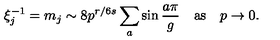
\xi _ { j } ^ { - 1 } = m _ { j } \sim 8 p ^ { r / 6 s } \sum _ { a } \sin \frac { a \pi } { g } \quad \mathrm { a s } \quad p \to 0 .